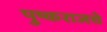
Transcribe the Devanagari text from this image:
पुष्कराजचे